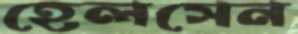
হেলসেন